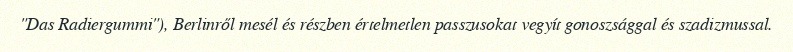
"Das Radiergummi"), Berlinről mesél és részben értelmetlen passzusokat vegyít gonoszsággal és szadizmussal.